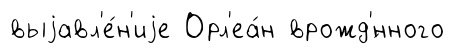
выjавл'е́н'иjе Орл'еа́н врожд'́нного